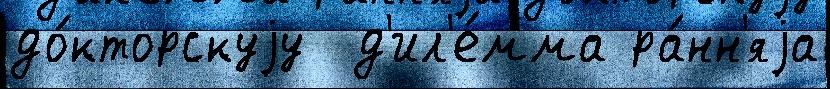
до́кторскуjу  д'ил'е́мма ра́нн'яjа